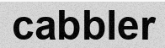
cabbler